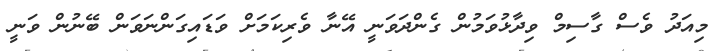
މިއަދު ވެސް ގާސިމް ވިދާޅުވަމުން ގެންދަވަނީ އޭނާ ވެރިކަމަށް ވަޑައިގަންނަވަން ބޭނުން ވަނީ